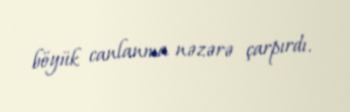
böyük canlanma nəzərə çarpırdı.